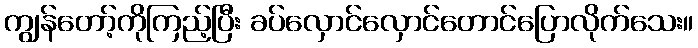
ကျွန်တော့်ကိုကြည့်ပြီး ခပ်လှောင်လှောင်တောင်ပြောလိုက်သေး။